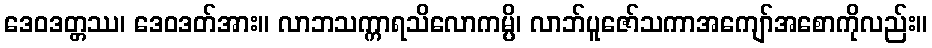
ဒေဝဒတ္တဿ၊ ဒေဝဒတ်အား။ လာဘသက္ကာရသိလောကမ္ပိ၊ လာဘ်ပူဇော်သကာအကျော်အစောကိုလည်း။